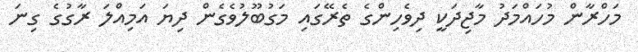
މަހްރާން މުހައްމަދު މާޖިދަކީ ދިވެހިންގެ ތެރޭގައި މަގުބޫލުވެގެން ދިޔަ އަމިއްލަ ރާގުގެ ގިނަ